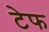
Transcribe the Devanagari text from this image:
टेफ